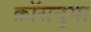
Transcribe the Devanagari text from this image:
क्रॉसनुमा